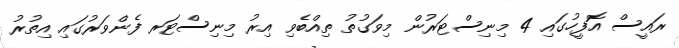
ރައީސް އޮފީހުގައި 4 މިނިސްޓަރުން މިވަގުތު ތިއްބެވި އިރު މިނިސްޓަރ ފެންވަރުގައި އިތުރު